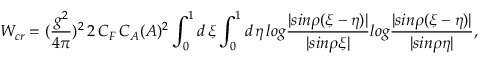
W _ { c r } = ( { \frac { g ^ { 2 } } { 4 \pi } } ) ^ { 2 } \, 2 \, C _ { F } \, C _ { A } ( { \cal A } ) ^ { 2 } \int _ { 0 } ^ { 1 } d \, \xi \int _ { 0 } ^ { 1 } d \, \eta \, l o g { \frac { | s i n \rho ( \xi - \eta ) | } { | s i n \rho \xi | } } l o g { \frac { | s i n \rho ( \xi - \eta ) | } { | s i n \rho \eta | } } ,